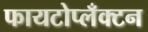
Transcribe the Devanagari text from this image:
फायटोप्लँक्टन